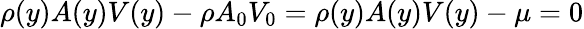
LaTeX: \rho(y)A(y)V(y)-\rho A_{0}V_{0}=\rho(y)A(y)V(y)-\mu=0